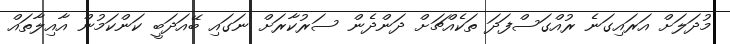
މުދަލަށް އަރައިގަނެ ރުއްގަސްފަދަ ތަކެއްޗަށް ދަންދެން ސަރުކާރަށް ނަގައި ބޭއަދަބީ ކަންކަމުން އާއިލާތައް